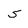
Character: 5